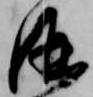
酒